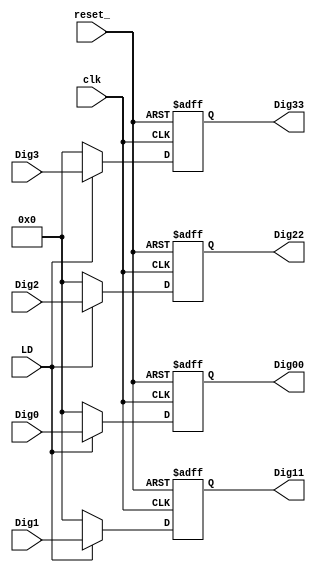
module AlarmaReg(clk, reset_,Dig0,Dig1,Dig2,Dig3,LD,Dig00,Dig11,Dig22,Dig33);

input clk;
input reset_;
input [3:0] Dig0;
input [3:0] Dig1;
input [3:0] Dig2;
input [3:0] Dig3;
input LD;

output [3:0] Dig00;
output [3:0] Dig11;
output [3:0] Dig22;
output [3:0] Dig33;

reg [3:0] Diig00_ff, Diig00_nxt;
reg [3:0] Diig11_ff, Diig11_nxt;
reg [3:0] Diig22_ff, Diig22_nxt;
reg [3:0] Diig33_ff, Diig33_nxt;


assign Dig00 = Diig00_ff;
assign Dig11 = Diig11_ff;
assign Dig22 = Diig22_ff;
assign Dig33 = Diig33_ff;

always @(*)
	begin
	
	Diig00_nxt = Diig00_ff;
	Diig11_nxt = Diig11_ff;
	Diig22_nxt = Diig22_ff;
	Diig33_nxt = Diig33_ff;
	
		if(LD)
			begin
				Diig00_nxt = Dig0;
				Diig11_nxt = Dig1;
				Diig22_nxt = Dig2;
				Diig33_nxt = Dig3;
			end
		else
			begin
			Diig00_nxt = 4'b0;
			Diig11_nxt = 4'b0;
			Diig22_nxt = 4'b0;
			Diig33_nxt = 4'b0;
			
			end
	end

always@(posedge clk or negedge reset_)
	begin
		if(~reset_)
			begin
				Diig00_ff <= 4'b0;
				Diig11_ff <= 4'b0;
				Diig22_ff <= 4'b0;
				Diig33_ff <= 4'b0;
			end
		else
			begin
			Diig00_ff <= Diig00_nxt;
			Diig11_ff <= Diig11_nxt;
			Diig22_ff <= Diig22_nxt;
			Diig33_ff <= Diig33_nxt;
			end
	end



endmodule